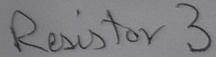
Text: Resistor3